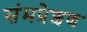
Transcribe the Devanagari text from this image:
संमप्रेशण